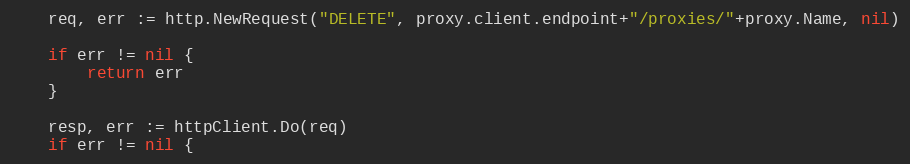
Language: Go
	req, err := http.NewRequest("DELETE", proxy.client.endpoint+"/proxies/"+proxy.Name, nil)

	if err != nil {
		return err
	}

	resp, err := httpClient.Do(req)
	if err != nil {